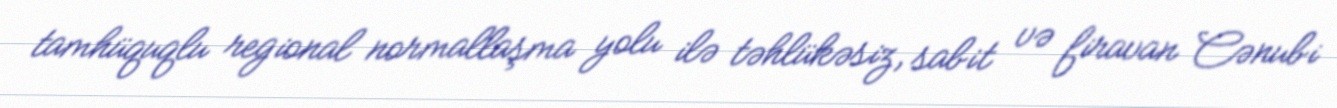
tamhüquqlu regional normallaşma yolu ilə təhlükəsiz, sabit və firavan Cənubi